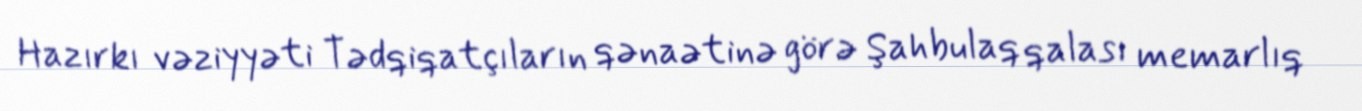
Hazırkı vəziyyəti Tədqiqatçıların qənaətinə görə Şahbulaq qalası memarlıq